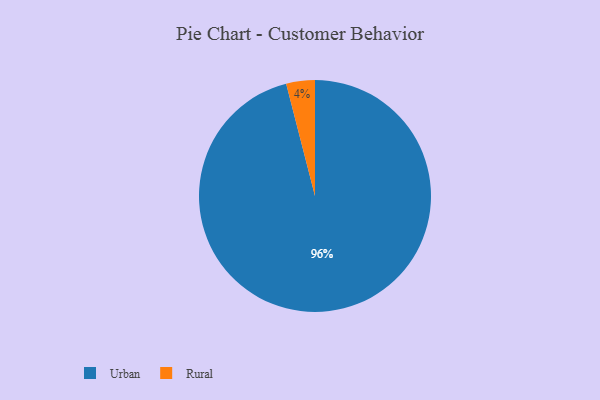
{"axis": {"x": "Category", "y": "Percentage"}, "legend": ["Rural", "Urban"], "data": [{"x": "Rural", "y": 4, "type": "Rural"}, {"x": "Urban", "y": 96, "type": "Urban"}]}